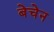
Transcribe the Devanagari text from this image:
बेचेन